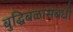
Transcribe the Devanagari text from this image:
बुद्धिबळासंबंधी